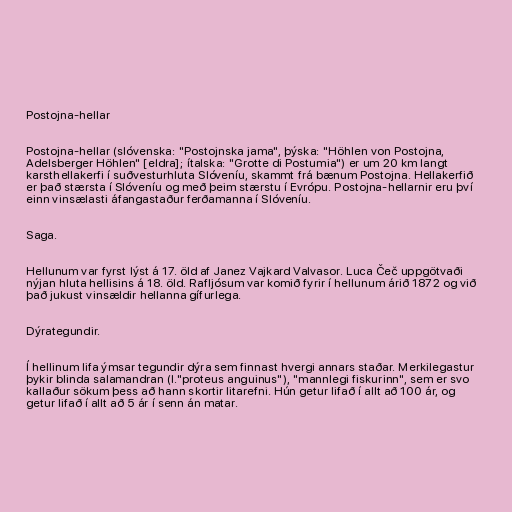
Postojna-hellar

Postojna-hellar (slóvenska: "Postojnska jama", þýska: "Höhlen von Postojna,
Adelsberger Höhlen" [eldra]; ítalska: "Grotte di Postumia") er um 20 km langt
karsthellakerfi í suðvesturhluta Slóveníu, skammt frá bænum Postojna. Hellakerfið
er það stærsta í Slóveníu og með þeim stærstu í Evrópu. Postojna-hellarnir eru því
einn vinsælasti áfangastaður ferðamanna í Slóveníu.

Saga.

Hellunum var fyrst lýst á 17. öld af Janez Vajkard Valvasor. Luca Čeč uppgötvaði
nýjan hluta hellisins á 18. öld. Rafljósum var komið fyrir í hellunum árið 1872 og við
það jukust vinsældir hellanna gífurlega.

Dýrategundir.

Í hellinum lifa ýmsar tegundir dýra sem finnast hvergi annars staðar. Merkilegastur
þykir blinda salamandran (l."proteus anguinus"), "mannlegi fiskurinn", sem er svo
kallaður sökum þess að hann skortir litarefni. Hún getur lifað í allt að 100 ár, og
getur lifað í allt að 5 ár í senn án matar.